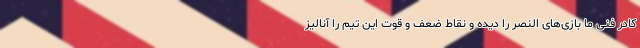
کادر فنی ما بازی‌های النصر را دیده و نقاط ضعف و قوت این تیم را آنالیز